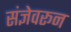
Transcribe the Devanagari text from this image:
संज्ञेवरून